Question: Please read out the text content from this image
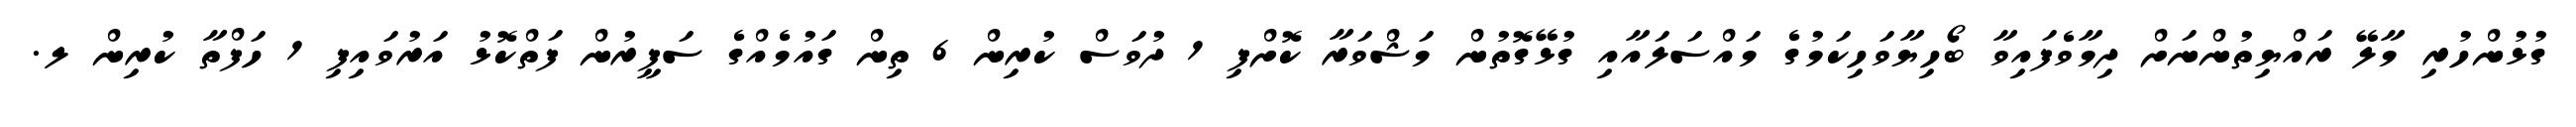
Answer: ގުޅުންހުރި މާލޭ ރައްޔިތުންނަށް ދިމާވެފައިވާ ބޯހިޔާވަހިކަމުގެ މައްސަލައާއި ގުޅޭގޮތުން މަޝްވަރާ ކޮށްފި 1 ދުވަސް ކުރިން 6 ތިން ގައުމެއްގެ ސަފީރުން ފަތްކޮޅު އަރުވައިފި 1 ހަފްތާ ކުރިން ލ.